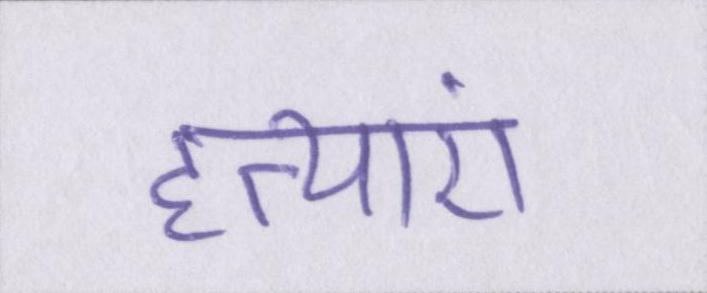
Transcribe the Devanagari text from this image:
हत्याएं